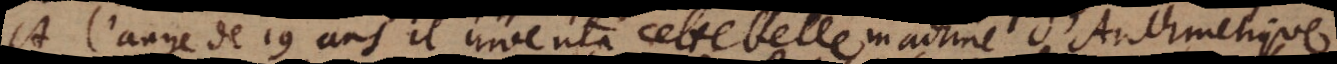
À l’aage de 19 ans il inventa cette belle machine d’Arithmetique.